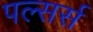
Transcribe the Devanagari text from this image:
पल्सर्स